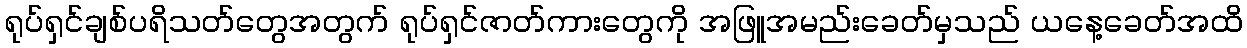
ရုပ်ရှင်ချစ်ပရိသတ်တွေအတွက် ရုပ်ရှင်ဇာတ်ကားတွေကို အဖြူအမည်းခေတ်မှသည် ယနေ့ခေတ်အထိ